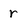
Character: r